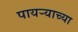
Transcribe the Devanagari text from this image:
पायऱ्याच्या